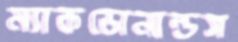
ম্যাকডোনাল্ডস